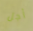
أجل